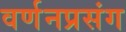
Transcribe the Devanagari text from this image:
वर्णनप्रसंग